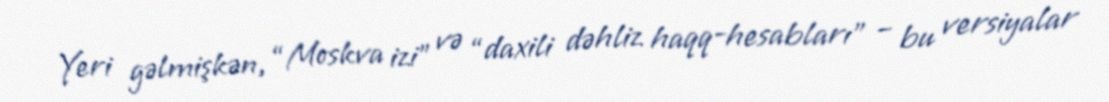
Yeri gəlmişkən, “Moskva izi” və “daxili dəhliz haqq-hesabları” – bu versiyalar